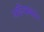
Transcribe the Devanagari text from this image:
घडियावल॰